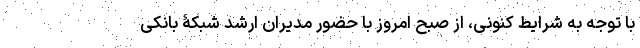
با توجه به شرایط کنونی، از صبح امروز با حضور مدیران ارشد شبکۀ بانکی